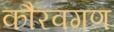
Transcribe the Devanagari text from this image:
कौरवगण